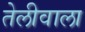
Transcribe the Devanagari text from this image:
तेलीवाला